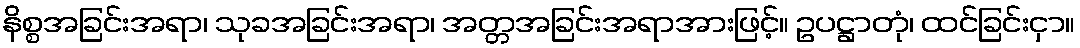
နိစ္စအခြင်းအရာ၊ သုခအခြင်းအရာ၊ အတ္တအခြင်းအရာအားဖြင့်။ ဥပဋ္ဌာတုံ၊ ထင်ခြင်းငှာ။